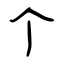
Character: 个